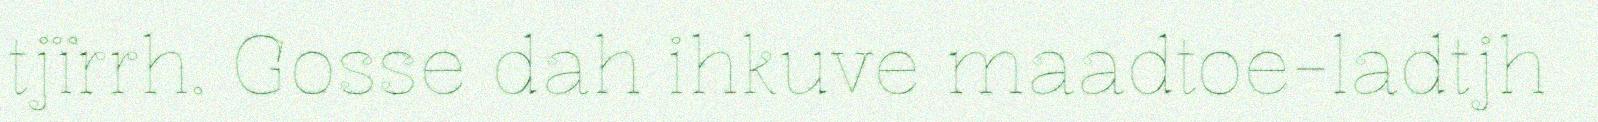
tjïrrh. Gosse dah ihkuve maadtoe-ladtjh